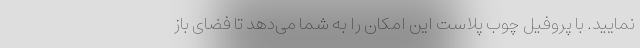
نمایید. با پروفیل چوب پلاست این امکان را به شما می‌دهد تا فضای باز